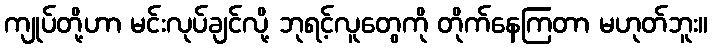
ကျုပ်တို့ဟာ မင်းလုပ်ချင်လို့ ဘုရင့်လူတွေကို တိုက်နေကြတာ မဟုတ်ဘူး။